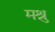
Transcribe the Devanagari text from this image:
मश्रु